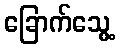
ခြောက်သွေ့